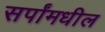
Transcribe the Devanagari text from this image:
सर्पांमधील